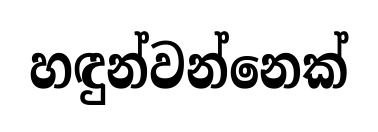
හඳුන්වන්නෙක්